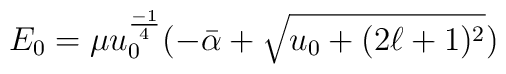
E_{0}=\mu u_{0}^{\frac{-1}{4}} (-\bar{\alpha} + \sqrt{u_{0} +(2\ell + 1)^{2}})